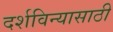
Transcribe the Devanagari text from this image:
दर्शविन्यासाठी